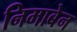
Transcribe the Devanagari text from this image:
निमाबेन